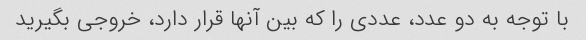
با توجه به دو عدد، عددی را که بین آنها قرار دارد، خروجی بگیرید